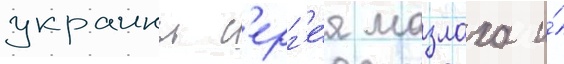
украины с'ерг'е́я мазлаха и́